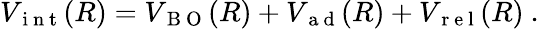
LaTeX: V_{\mathrm{~i~n~t~}}(R)=V_{\mathrm{~B~O~}}(R)+V_{\mathrm{~a~d~}}(R)+V_{\mathrm{~r~e~l~}}(R)\ .